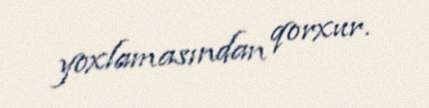
yoxlamasından qorxur.